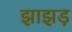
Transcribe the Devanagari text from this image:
झाझड़